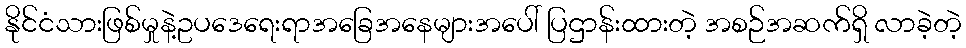
နိုင်ငံသားဖြစ်မှုနဲ့ဥပဒေရေးရာအခြေအနေများအပေါ် ပြဌာန်းထားတဲ့ အစဉ်အဆက်ရှိ လာခဲ့တဲ့